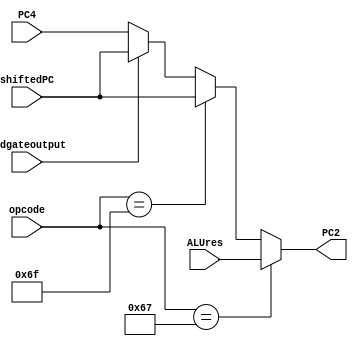
`timescale 1ns / 1ps
//////////////////////////////////////////////////////////////////////////////////
// Company: 
// Engineer: 
// 
// Design Name: 
// Module Name: JALR_PC2mux
// Project Name: 
// Target Devices: 
// Tool Versions: 
// Description: 
// 
// Dependencies: 
// 
// Revision:
// Revision 0.01 - File Created
// Additional Comments:
// 
//////////////////////////////////////////////////////////////////////////////////


module JALR_PC2mux(input [31:0] ALUres,input [31:0]PC4, input [31:0]shiftedPC, input andgateoutput,input [6:0]opcode,output reg [31:0]PC2);
always@(*) begin
if(opcode==7'b1100111)
PC2=ALUres;
else 
if(opcode==7'b1101111)
PC2=shiftedPC;
else if(andgateoutput)
PC2=shiftedPC;
else
PC2=PC4;
end
endmodule